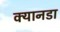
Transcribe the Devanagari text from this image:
क्यानडा